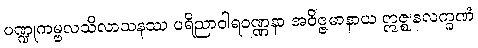
ပဏ္ဍုကမ္ဗလသိလာသနဿ ပရိညာဝါရဝဏ္ဏနာ အဝိဇ္ဇမာနာယ ဣဇ္ဈနလက္ခဏံ